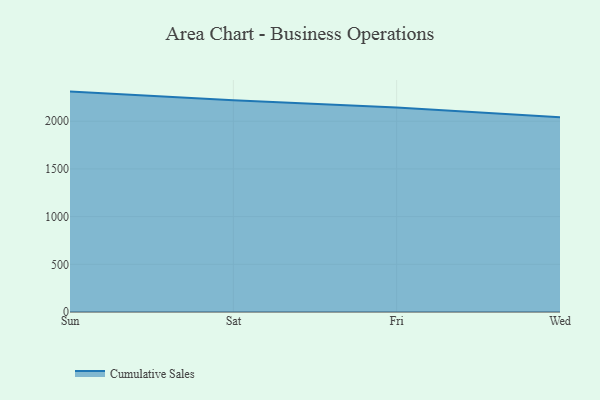
{"axis": {"x": "Day", "y": "Customer Acquisition Cost (USD)"}, "legend": ["Cumulative Sales"], "data": [{"x": "Sun", "y": 2310.6, "type": "Cumulative Sales"}, {"x": "Sat", "y": 2220.2, "type": "Cumulative Sales"}, {"x": "Fri", "y": 2144.3, "type": "Cumulative Sales"}, {"x": "Wed", "y": 2041.3, "type": "Cumulative Sales"}]}